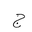
Letter: _gim